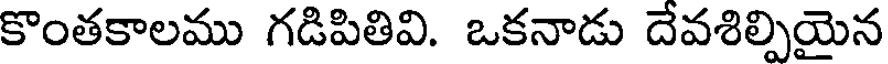
కొంతకాలము గడిపితివి. ఒకనాడు దేవశిల్పియైన